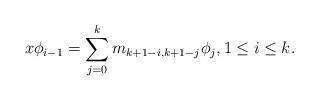
LaTeX: \begin{align*} x\phi_{i-1} = \sum_{j=0}^k m_{k+1-i,k+1-j}\phi_{j}, 1\leq i\leq k. \end{align*}